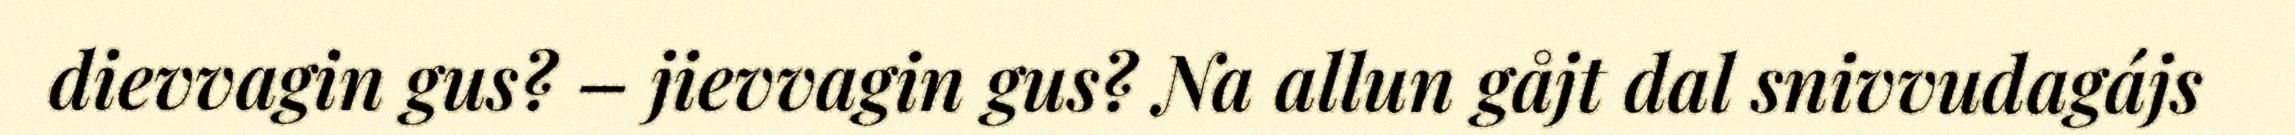
dievvagin gus? – jievvagin gus? Na allun gåjt dal snivvudagájs